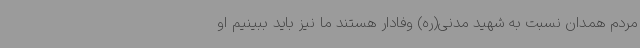
مردم همدان نسبت به شهید مدنی(ره) وفادار هستند ما نیز باید ببینیم او